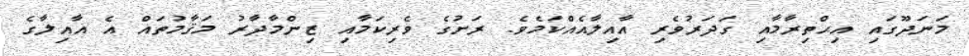
މަނަދޫގައި އިޙްތިރާމާއި ގަދަރުވެރި އާއިލާއެއްކަމެވެ. ރަށުގެ ވެރިކަމާއި ޒިންމާދާރު މަޤާމުތައް އެ އާއިލާގެ